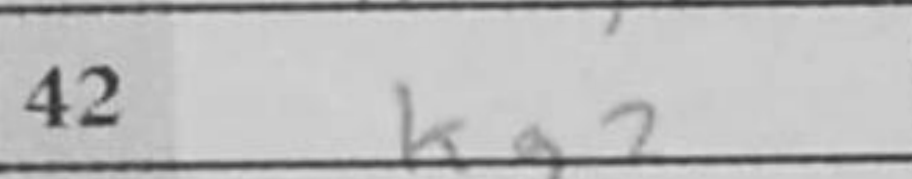
Transcription: Kg2